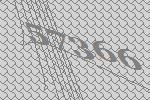
57366